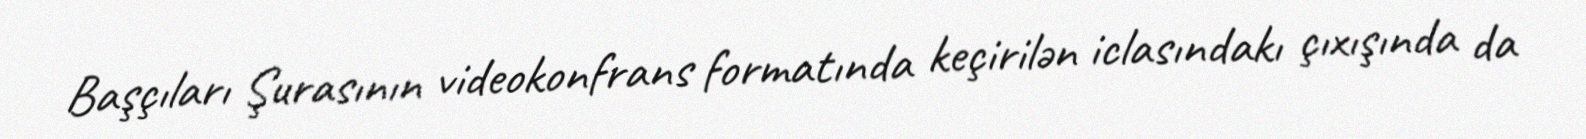
Başçıları Şurasının videokonfrans formatında keçirilən iclasındakı çıxışında da